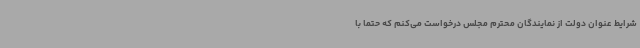
شرایط عنوان دولت از نمایندگان محترم مجلس درخواست می‌کنم که حتما با